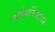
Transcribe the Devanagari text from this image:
क्लीयरिंगहाउस